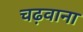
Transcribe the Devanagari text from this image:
चढ़वाना